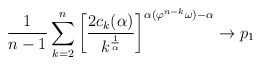
\begin{align*}\frac{1}{n-1}\sum_{k=2}^n\left[\frac{2c_k(\alpha)}{k^{\frac{1}{\alpha}}}\right]^{\alpha(\varphi^{n-k}\omega) - \alpha} \rightarrow p_1\end{align*}